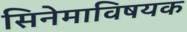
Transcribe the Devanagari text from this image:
सिनेमाविषयक